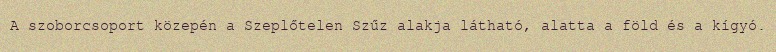
A szoborcsoport közepén a Szeplőtelen Szűz alakja látható, alatta a föld és a kígyó.